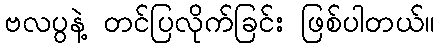
ဗလပွနဲ့ တင်ပြလိုက်ခြင်း ဖြစ်ပါတယ်။